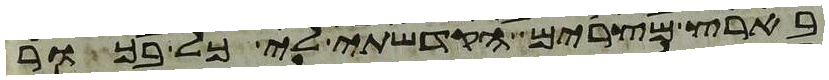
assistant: בארץ מצרים הקדשתי לי כל בכור